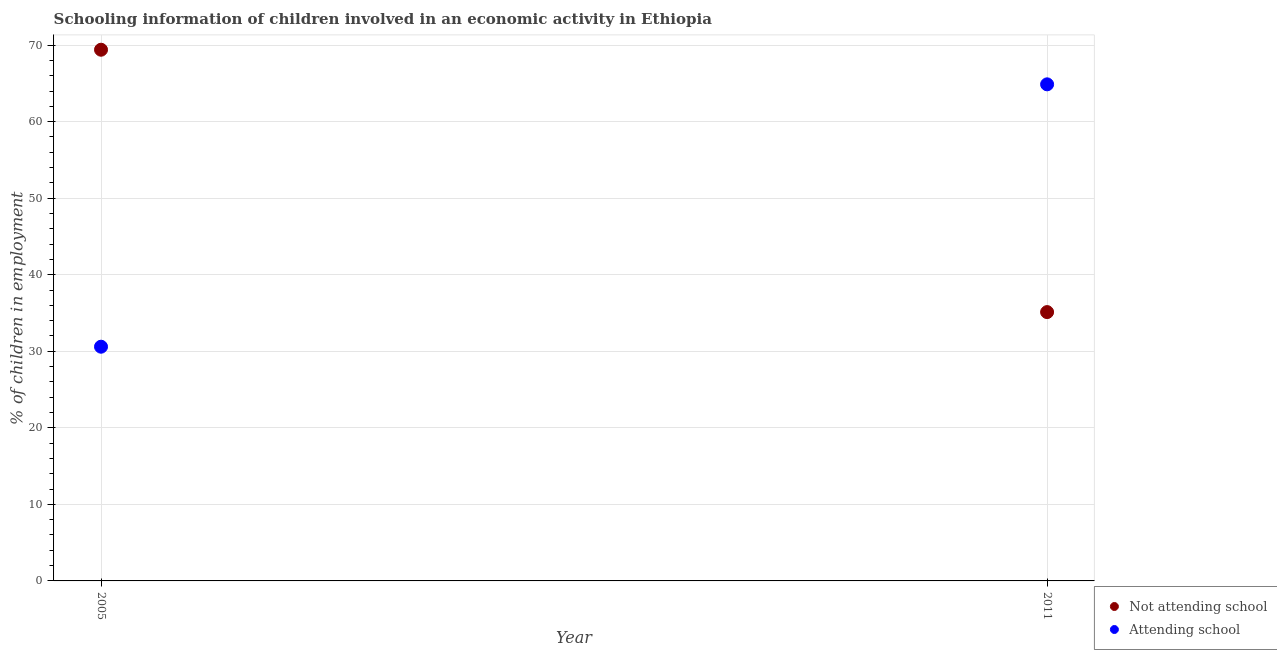
| Year | Not attending school | Attending school |
 | --- | --- | --- |
 | 2005 | 69.4 | 30.6 |
 | 2011 | 35.1 | 64.9 |